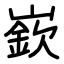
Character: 嶔